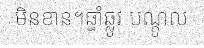
មិនខាន។ឆ្នាំឆ្លូវ បណ្តូល